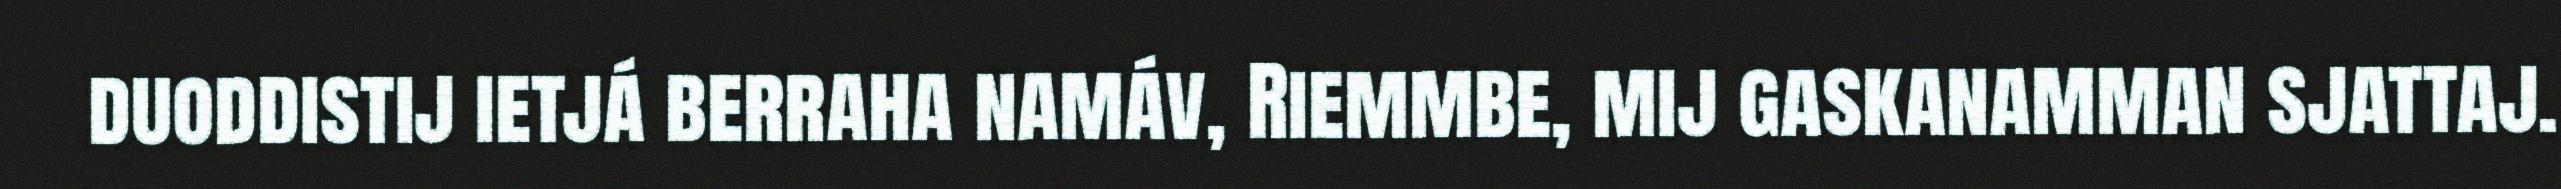
duoddistij ietjá berraha namáv, Riemmbe, mij gaskanamman sjattaj.